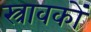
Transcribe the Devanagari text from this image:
स्त्रावकों